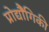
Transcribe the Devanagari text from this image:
प्रोद्यौेगिकी